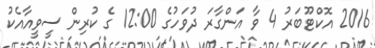
2016 އޮކްޓޫބަރު 4 ވާ އަންގާރަ ދުވަހުގެ 12:00 ގެ ކުރިން ސީވީއާއެކު